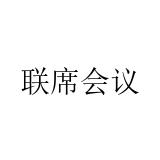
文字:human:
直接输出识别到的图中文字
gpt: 联席会议